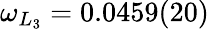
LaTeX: \omega_{L_{3}}=0.0459(20)